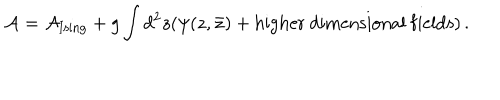
LaTeX: { \cal A } = { \cal A } _ { \mathrm { I s i n g } } + g \int d ^ { 2 } z ( \psi ( z , \bar { z } ) + \mathrm { h i g h e r \ d i m e n s i o n a l \ f i e l d s } ) \, .